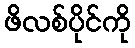
ဖိလစ်ပိုင်ကို